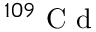
^ { 1 0 9 } \mathrm { ~ C ~ d ~ }